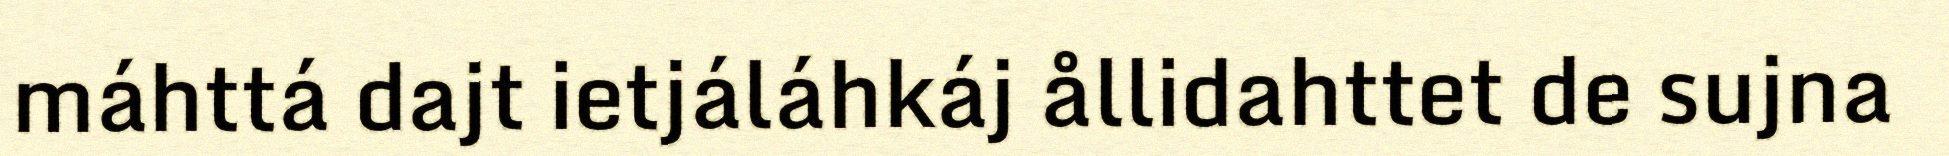
máhttá dajt ietjáláhkáj ållidahttet de sujna